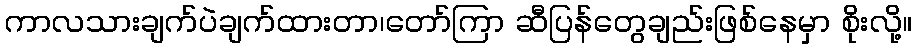
ကာလသားချက်ပဲချက်ထားတာ၊တော်ကြာ ဆီပြန်တွေချည်းဖြစ်နေမှာ စိုးလို့။